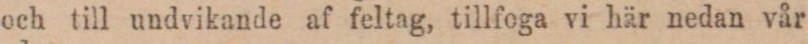
och till undvikande af feltag, tillfoga vi här nedan vår